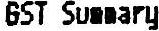
GST SUMMARY